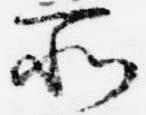
所